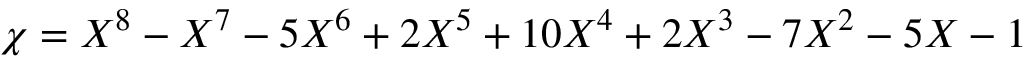
\chi = X ^ { 8 } - X ^ { 7 } - 5 X ^ { 6 } + 2 X ^ { 5 } + 1 0 X ^ { 4 } + 2 X ^ { 3 } - 7 X ^ { 2 } - 5 X - 1